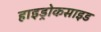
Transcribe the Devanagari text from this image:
हाइड्रोकसाइड